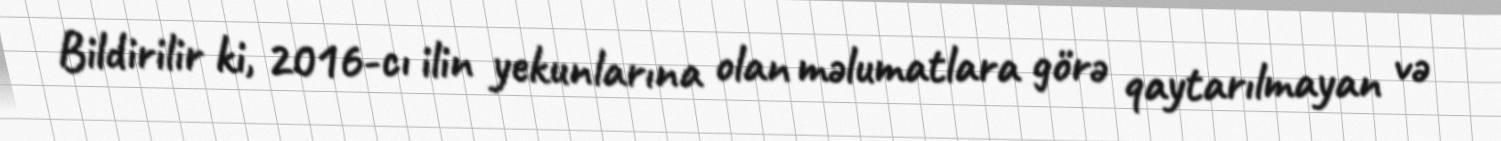
Bildirilir ki, 2016-cı ilin yekunlarına olan məlumatlara görə qaytarılmayan və